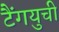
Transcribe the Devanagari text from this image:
टैंगयुची